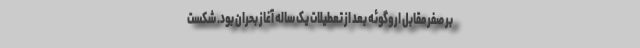
بر صفر مقابل اروگوئه بعد از تعطیلات یک ساله آغاز بحران بود. شکست